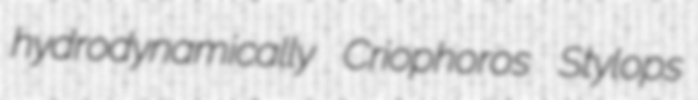
hydrodynamically Criophoros Stylops